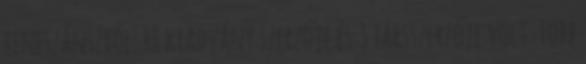
reneszánszról. 48 kiadvány szerzője és 3 társszerzője volt. Több